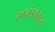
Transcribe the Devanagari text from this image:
स्वतंत्रतेबद्दल